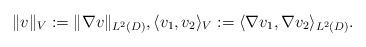
LaTeX: \begin{align*} \|v\|_V := \|\nabla v\|_{L^2(D)}, \langle v_1,v_2\rangle_V := \langle \nabla v_1,\nabla v_2\rangle_{L^2(D)}.\end{align*}